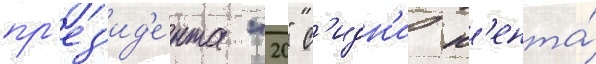
пр'ез'ид'е́нта "20" с'идн'и к'ента́